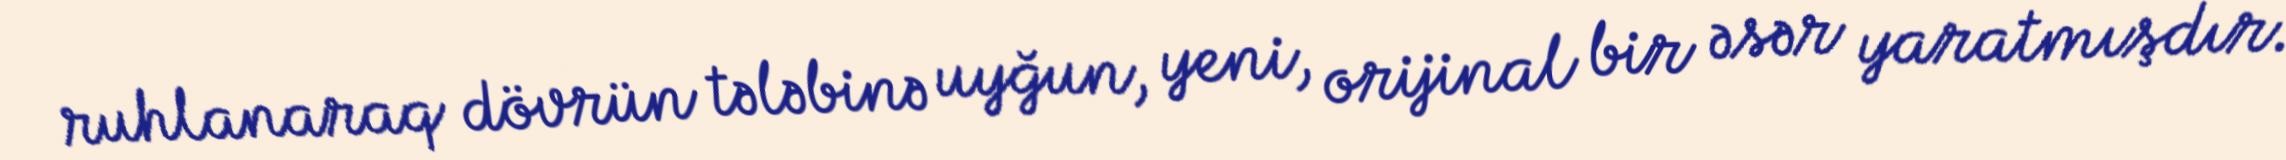
ruhlanaraq dövrün tələbinə uyğun, yeni, orijinal bir əsər yaratmışdır.